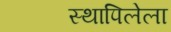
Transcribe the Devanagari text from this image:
स्थापिलेला